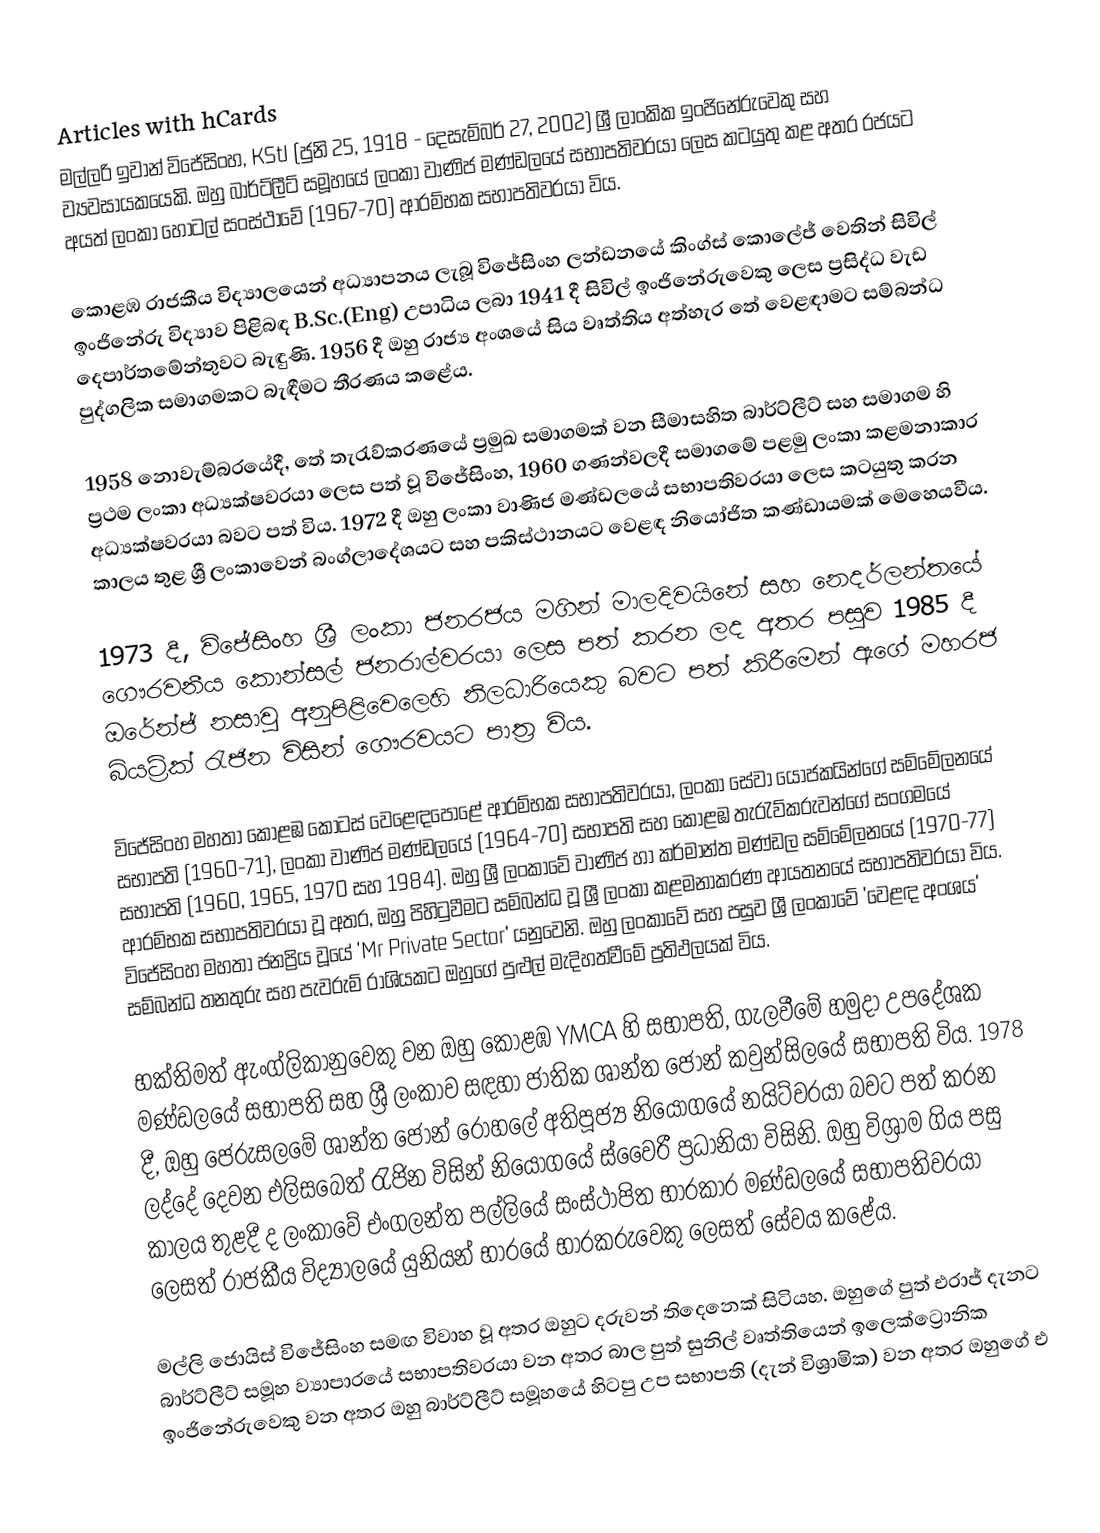
Articles with hCards
මල්ලරි ඉවාන් විජේසිංහ, KStJ (ජුනි 25, 1918 - දෙසැම්බර් 27, 2002) ශ්‍රී ලාංකික ඉංජිනේරුවෙකු සහ ව්‍යවසායකයෙකි. ඔහු බාර්ට්ලීට් සමූහයේ ලංකා වාණිජ මණ්ඩලයේ සභාපතිවරයා ලෙස කටයුතු කළ අතර රජයට අයත් ලංකා හෝටල් සංස්ථාවේ (1967-70) ආරම්භක සභාපතිවරයා විය.

කොළඹ රාජකීය විද්‍යාලයෙන් අධ්‍යාපනය ලැබූ විජේසිංහ ලන්ඩනයේ කිංග්ස් කොලේජ් වෙතින් සිවිල් ඉංජිනේරු විද්‍යාව පිළිබඳ B.Sc.(Eng) උපාධිය ලබා 1941 දී සිවිල් ඉංජිනේරුවෙකු ලෙස ප්‍රසිද්ධ වැඩ දෙපාර්තමේන්තුවට බැඳුණි. 1956 දී ඔහු රාජ්‍ය අංශයේ සිය වෘත්තිය අත්හැර තේ වෙළඳාමට සම්බන්ධ පුද්ගලික සමාගමකට බැඳීමට තීරණය කළේය.

1958 නොවැම්බරයේදී, තේ තැරැව්කරණයේ ප්‍රමුඛ සමාගමක් වන සීමාසහිත බාර්ට්ලීට් සහ සමාගම හි ප්‍රථම ලංකා අධ්‍යක්ෂවරයා ලෙස පත් වූ විජේසිංහ, 1960 ගණන්වලදී සමාගමේ පළමු ලංකා කළමනාකාර අධ්‍යක්ෂවරයා බවට පත් විය. 1972 දී ඔහු ලංකා වාණිජ මණ්ඩලයේ සභාපතිවරයා ලෙස කටයුතු කරන කාලය තුළ ශ්‍රී ලංකාවෙන් බංග්ලාදේශයට සහ පකිස්ථානයට වෙළඳ නියෝජිත කණ්ඩායමක් මෙහෙයවීය.

1973 දී, විජේසිංහ ශ්‍රී ලංකා ජනරජය මගින් මාලදිවයිනේ සහ නෙදර්ලන්තයේ ගෞරවනීය කොන්සල් ජනරාල්වරයා ලෙස පත් කරන ලද අතර පසුව 1985 දී ඔරේන්ජ් නසාවු අනුපිළිවෙලෙහි නිලධාරියෙකු බවට පත් කිරීමෙන් ඇගේ මහරජ බියට්‍රික් රැජින විසින් ගෞරවයට පාත්‍ර විය.

විජේසිංහ මහතා කොළඹ කොටස් වෙළෙඳපොළේ ආරම්භක සභාපතිවරයා, ලංකා සේවා යෝජකයින්ගේ සම්මේලනයේ සභාපති (1960-71), ලංකා වාණිජ මණ්ඩලයේ (1964-70) සභාපති සහ කොළඹ තැරැව්කරුවන්ගේ සංගමයේ සභාපති (1960, 1965, 1970 සහ 1984). ඔහු ශ්‍රී ලංකාවේ වාණිජ හා කර්මාන්ත මණ්ඩල සම්මේලනයේ (1970-77) ආරම්භක සභාපතිවරයා වූ අතර, ඔහු පිහිටුවීමට සම්බන්ධ වූ ශ්‍රී ලංකා කළමනාකරණ ආයතනයේ සභාපතිවරයා විය. විජේසිංහ මහතා ජනප්‍රිය වූයේ 'Mr Private Sector' යනුවෙනි. ඔහු ලංකාවේ සහ පසුව ශ්‍රී ලංකාවේ 'වෙළඳ අංශය' සම්බන්ධ තනතුරු සහ පැවරුම් රාශියකට ඔහුගේ පුළුල් මැදිහත්වීමේ ප්‍රතිඵලයක් විය.

භක්තිමත් ඇංග්ලිකානුවෙකු වන ඔහු කොළඹ YMCA හි සභාපති, ගැලවීමේ හමුදා උපදේශක මණ්ඩලයේ සභාපති සහ ශ්‍රී ලංකාව සඳහා ජාතික ශාන්ත ජෝන් කවුන්සිලයේ සභාපති විය. 1978 දී, ඔහු ජෙරුසලමේ ශාන්ත ජෝන් රෝහලේ අතිපූජ්‍ය නියෝගයේ නයිට්වරයා බවට පත් කරන ලද්දේ දෙවන එලිසබෙත් රැජින විසින් නියෝගයේ ස්වෛරී ප්‍රධානියා විසිනි. ඔහු විශ්‍රාම ගිය පසු කාලය තුළදී ද ලංකාවේ එංගලන්ත පල්ලියේ සංස්ථාපිත භාරකාර මණ්ඩලයේ සභාපතිවරයා ලෙසත් රාජකීය විද්‍යාලයේ යුනියන් භාරයේ භාරකරුවෙකු ලෙසත් සේවය කළේය.

මල්ලි ජොයිස් විජේසිංහ සමඟ විවාහ වූ අතර ඔහුට දරුවන් තිදෙනෙක් සිටියහ. ඔහුගේ පුත් එරාජ් දැනට බාර්ට්ලීට් සමූහ ව්‍යාපාරයේ සභාපතිවරයා වන අතර බාල පුත් සුනිල් වෘත්තියෙන් ඉලෙක්ට්‍රොනික ඉංජිනේරුවෙකු වන අතර ඔහු බාර්ට්ලීට් සමූහයේ හිටපු උප සභාපති (දැන් විශ්‍රාමික) වන අතර ඔහුගේ එ